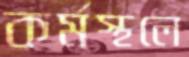
কর্মস্থলে